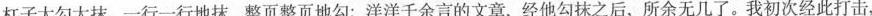
杠子大勾大抹，一行一行地抹，整页整页地勾；洋洋千余言的文章，经他勾抹之后，所余无几了。我初次经此打击，